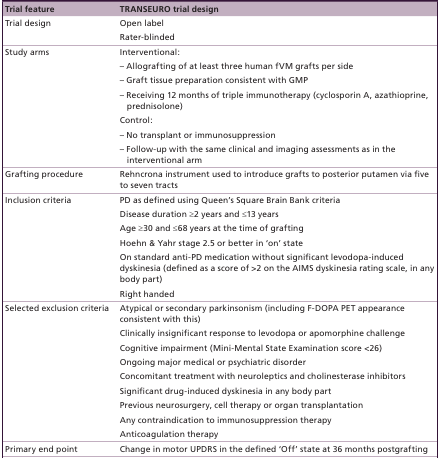
<table><thead><tr><td><b>Trial feature</b></td><td><b>TRANSEURO trial design</b></td></tr></thead><tbody><tr><td>Trial design</td><td>Open label</td></tr><tr><td> </td><td>Rater-blinded</td></tr><tr><td>Study arms</td><td>Interventional:</td></tr><tr><td> </td><td>– Allografting of at least three human fVM grafts per side</td></tr><tr><td> </td><td>– Graft tissue preparation consistent with GMP</td></tr><tr><td> </td><td>– Receiving 12 months of triple immunotherapy (cyclosporin A, azathioprine, prednisolone)</td></tr><tr><td> </td><td>Control:</td></tr><tr><td> </td><td>– No transplant or immunosuppression</td></tr><tr><td> </td><td>– Follow-up with the same clinical and imaging assessments as in the interventional arm</td></tr><tr><td>Grafting procedure</td><td>Rehncrona instrument used to introduce grafts to posterior putamen via five to seven tracts</td></tr><tr><td>Inclusion criteria</td><td>PD as defined using Queen&#x27;s Square Brain Bank criteria</td></tr><tr><td> </td><td>Disease duration ≥2 years and ≤13 years</td></tr><tr><td> </td><td>Age ≥30 and ≤68 years at the time of grafting</td></tr><tr><td> </td><td>Hoehn &amp; Yahr stage 2.5 or better in ‘on’ state</td></tr><tr><td> </td><td>On standard anti-PD medication without significant levodopa-induced dyskinesia (defined as a score of &gt;2 on the AIMS dyskinesia rating scale, in any body part)</td></tr><tr><td> </td><td>Right handed</td></tr><tr><td>Selected exclusion criteria</td><td>Atypical or secondary parkinsonism (including F-DOPA PET appearance consistent with this)</td></tr><tr><td> </td><td>Clinically insignificant response to levodopa or apomorphine challenge</td></tr><tr><td> </td><td>Cognitive impairment (Mini-Mental State Examination score &lt;26)</td></tr><tr><td> </td><td>Ongoing major medical or psychiatric disorder</td></tr><tr><td> </td><td>Concomitant treatment with neuroleptics and cholinesterase inhibitors</td></tr><tr><td> </td><td>Significant drug-induced dyskinesia in any body part</td></tr><tr><td> </td><td>Previous neurosurgery, cell therapy or organ transplantation</td></tr><tr><td> </td><td>Any contraindication to immunosuppression therapy</td></tr><tr><td> </td><td>Anticoagulation therapy</td></tr><tr><td>Primary end point</td><td>Change in motor UPDRS in the defined ‘Off’ state at 36 months postgrafting</td></tr></tbody></table>